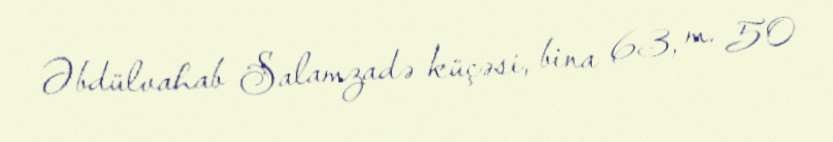
Əbdülvahab Salamzadə küçəsi, bina 63, m. 50